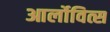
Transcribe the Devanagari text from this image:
आर्लोवित्स